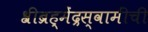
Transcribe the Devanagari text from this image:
श्रीब्रह्मेंद्रस्वामींची